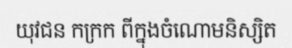
យុវជន កក្រក ពីក្នុងចំណោមនិស្សិត